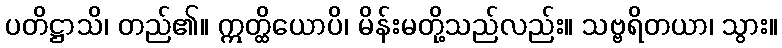
ပတိဋ္ဌာသိ၊ တည်၏။ ဣတ္ထိယောပိ၊ မိန်းမတို့သည်လည်း။ သဗ္ဗရိတယာ၊ သွား။